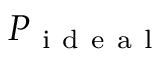
P _ { \mathrm { ~ i ~ d ~ e ~ a ~ l ~ } }